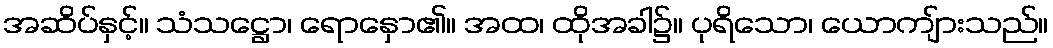
အဆိပ်နှင့်။ သံသဋ္ဌော၊ ရောနှော၏။ အထ၊ ထိုအခါ၌။ ပုရိသော၊ ယောကျ်ားသည်။